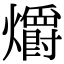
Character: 爝